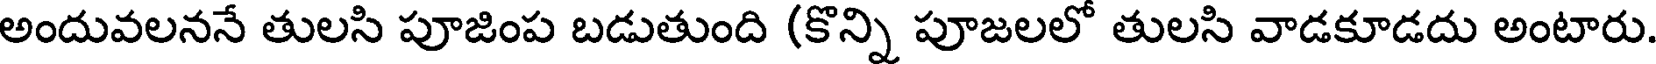
అందువలననే తులసి పూజింప బడుతుంది (కొన్ని పూజలలో తులసి వాడకూడదు అంటారు.